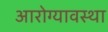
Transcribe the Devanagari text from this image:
आरोग्यावस्था